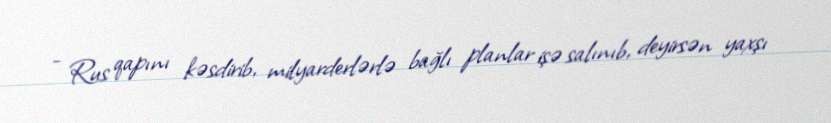
- Rus qapını kəsdirib, milyarderlərlə bağlı planlar işə salınıb, deyirsən yaxşı